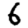
Digit: 6